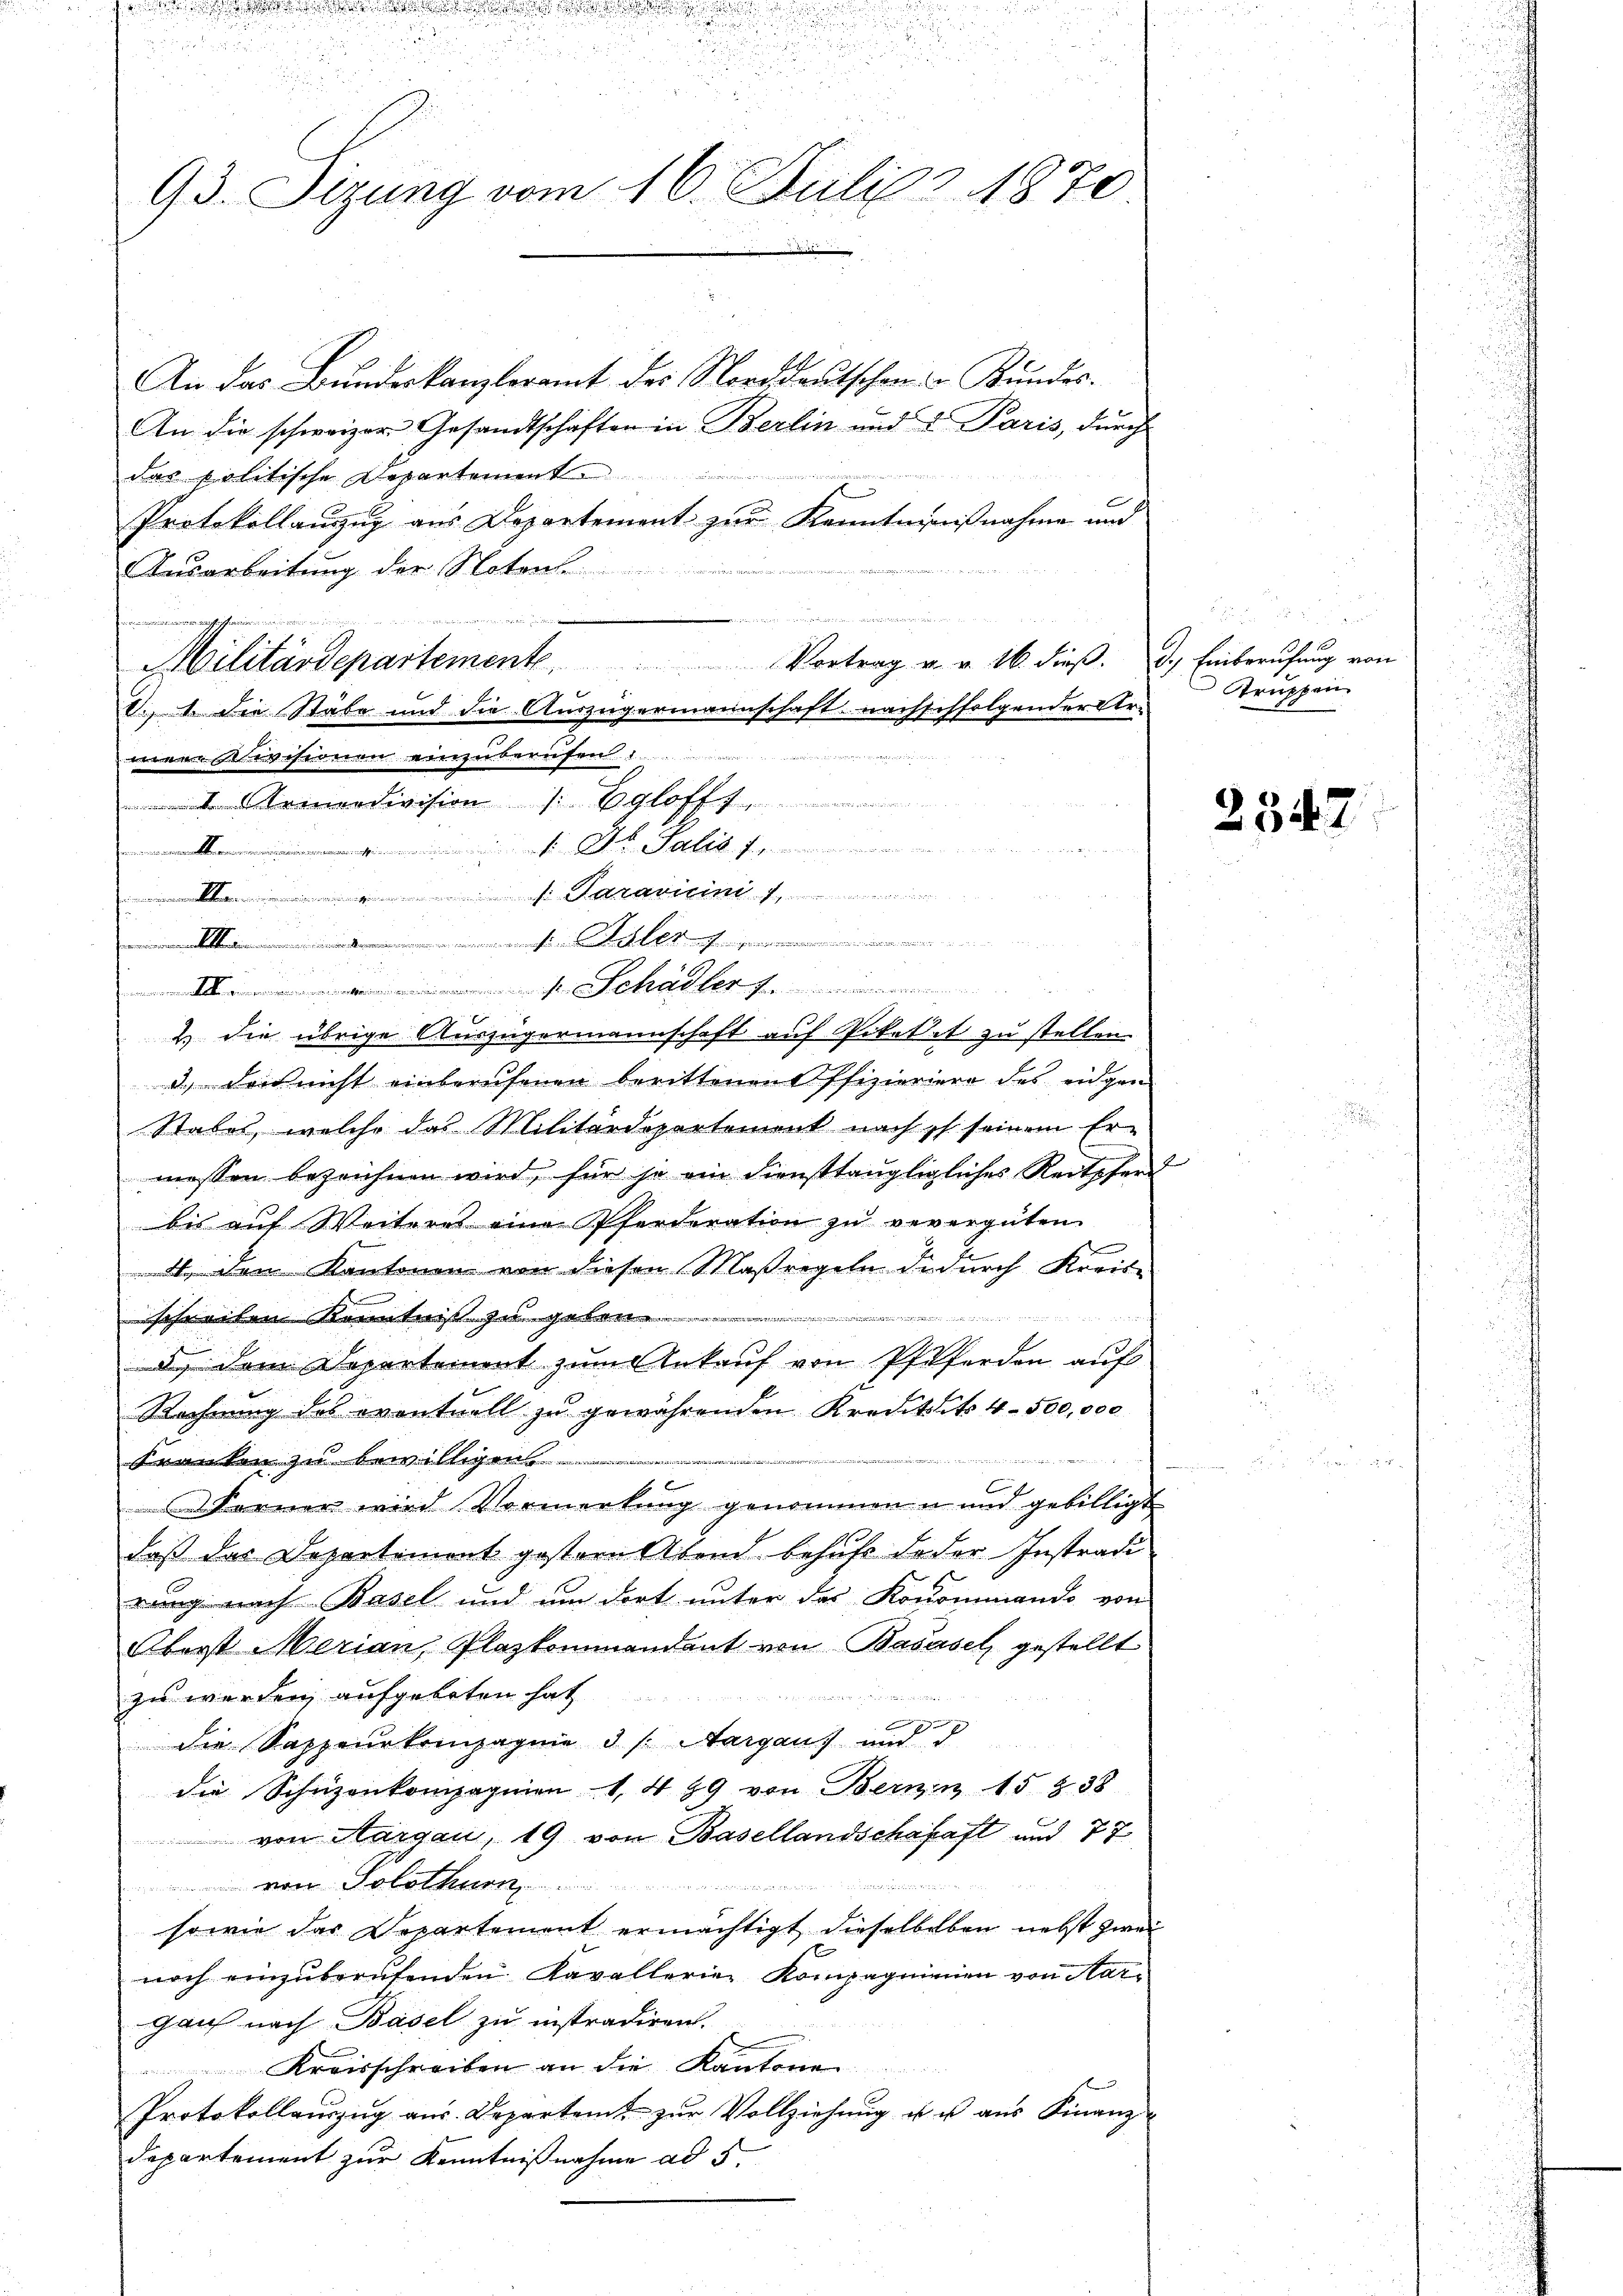
u

u

93. Sizung vom 16. Juli 1870.

An das Bundeskanzleramt des Norddeutschen u. Kundes¬
An die schweizer Gesandtschäften in Berlin und 2 Paris, durch
das politische Departement

Protokollauszug aus Departement zur Kenntnißnahme und
Ausarbeitung der Notenl

meinwesenen einzuberufen
Irenendivision Eglofft
 J. Jak. J.
eemann i
Faravicin
.......................
 ds
 Schaler

& die übrige Auszügermannschaft auf Piketet zu stellen
d.) Der nicht einberufenen berittenen Offizieriere des eidgen
Stabel, welche das Militärdepartement nach ich seinem Er-
messen bezeichnen wird, für so ein diensttaugligliches Reitpferd
bis auf Weiteres eine Pferderation zu verergüten
4. dem Kantonen von diesen Maßregeln dadurch Kreis¬
u
schreiben Kenntniß zuge

d dem Departement zum Ankauf von Pferden auf
Rechnung des eventuell zu gewährenden Kreditit 4 - 500,000
den
Kranken zu bew

 Ferner wird Vormerkung genommen u und gebilligt
daß das Departement gestern Abend behufe deder Instradi
rung nach Basel und um dort unter das Konominando von
Oberst Merian, Plazkommandant von Basasel gestellt
zu werden, aufgeboten hat

die Sappeurkompagnie d s. Aargaus und d
die Schüzenkompagnien 1. 489 von Bern in 15 § 38
 von Margau, 19 von Basellandschahaft und 77
von Solothur
sowie das Departement ermächtigt dieselbelben nebst zwei
x
noch einzuberufenden Kavallerien Kompagnienen von Aarganz nach Basel zu instradiren.
Kreisschreiben an die Kantone
Protokollaŭszŭg aŭs. Departamt zŭr Vollziehŭng u u aŭs Finanz
departement zur Kenntnißnahme ad 5.

u
Militärdepartemente Vortrag u. v. 16. dieβ. d. Einberufung von

V., 1. die Stäbe und die Auszügermannschaft nachschfolgender Er-

u

Truppen

2547